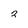
Character: 2